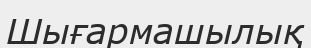
Шығармашылық